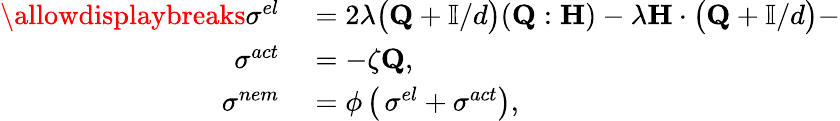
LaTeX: \begin{array}{rl}{\allowdisplaybreaks\mathbf{\sigma}^{el}}&{{}=2\lambda\big(\mathbf{Q}+\mathbb{I}/d\big)(\mathbf{Q:H})-\lambda\mathbf{H}\cdot\big(\mathbf{Q}+\mathbb{I}/d\big)-}\\ {\mathbf{\sigma}^{act}}&{{}=-\zeta\mathbf{Q},}\\ {\mathbf{\sigma}^{nem}}&{{}=\phi\, \big(\, \mathbf{\sigma}^{el}+\mathbf{\sigma}^{act}\big),}\end{array}